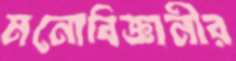
মনোবিজ্ঞানীর